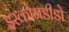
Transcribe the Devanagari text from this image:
इस्कोनडीडो